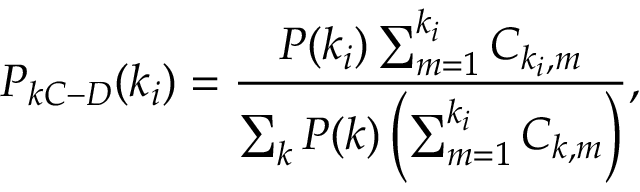
P _ { k C - D } ( k _ { i } ) = \frac { P ( k _ { i } ) \sum _ { m = 1 } ^ { k _ { i } } C _ { k _ { i } , m } } { \sum _ { k } P ( k ) \left( \sum _ { m = 1 } ^ { k _ { i } } C _ { k , m } \right) } ,